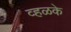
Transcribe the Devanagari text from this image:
व्हळके